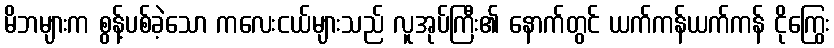
မိဘများက စွန့်ပစ်ခဲ့သော ကလေးငယ်များသည် လူအုပ်ကြီး၏ နောက်တွင် ယက်ကန်ယက်ကန် ငိုကြွေး